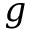
g